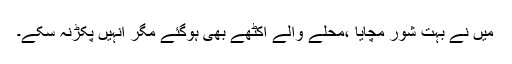
میں نے بہت شور مچایا ،محلے والے اکٹھے بھی ہوگئے مگر انہیں پکڑنہ سکے۔